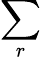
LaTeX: \sum_{r}